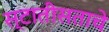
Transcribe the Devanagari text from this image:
स्टातीसताचे